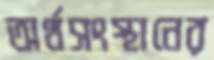
অর্থসংস্থানের